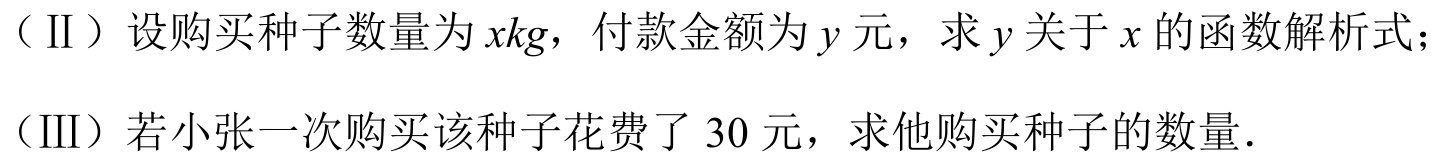
（II）设购买种子数量为\(xkg\)，付款金额为\(y\)元，求\(y\)关于\(x\)的函数解析式；
（III）若小张一次购买该种子花费了\(30\)元，求他购买种子的数量.